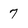
Character: 7